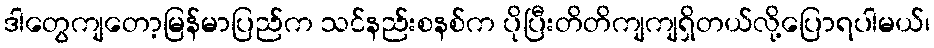
ဒါတွေကျတော့မြန်မာပြည်က သင်နည်းစနစ်က ပိုပြီးတိတိကျကျရှိတယ်လို့ပြောရပါမယ်၊